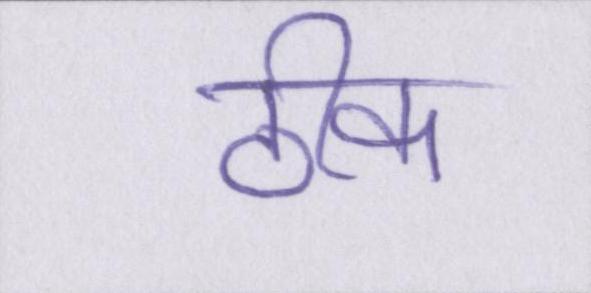
ठीक